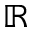
\mathbb { R }